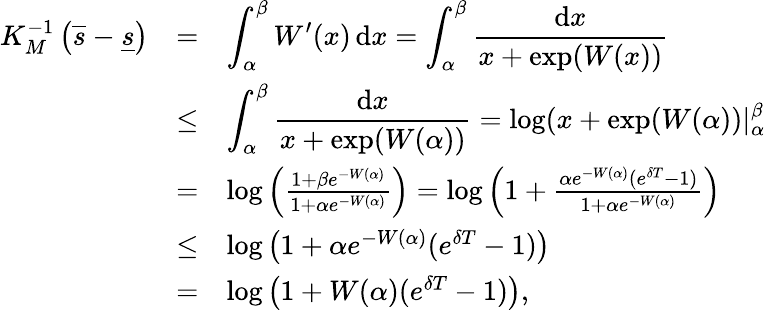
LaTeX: \begin{array}{rcl}{K_{M}^{-1}\left(\overline{{s}}-\underline{{s}}\right)}&{=}&{\displaystyle\int_{\alpha}^{\beta}W^{\prime}(x)\, \mathrm{d}x=\int_{\alpha}^{\beta}\frac{\mathrm{d}x}{x+\exp(W(x))}}\\ &{\leq}&{\displaystyle\int_{\alpha}^{\beta}\frac{\mathrm{d}x}{x+\exp(W(\alpha))}=\log(x+\exp(W(\alpha))|_{\alpha}^{\beta}}\\ &{=}&{\log\left(\frac{1+\beta e^{-W(\alpha)}}{1+\alpha e^{-W(\alpha)}}\right)=\log\left(1+\frac{\alpha e^{-W(\alpha)}(e^{\delta T}-1)}{1+\alpha e^{-W(\alpha)}}\right)}\\ &{\leq}&{\log\left(1+\alpha e^{-W(\alpha)}(e^{\delta T}-1)\right)}\\ &{=}&{\log\left(1+W(\alpha)(e^{\delta T}-1)\right),}\end{array}